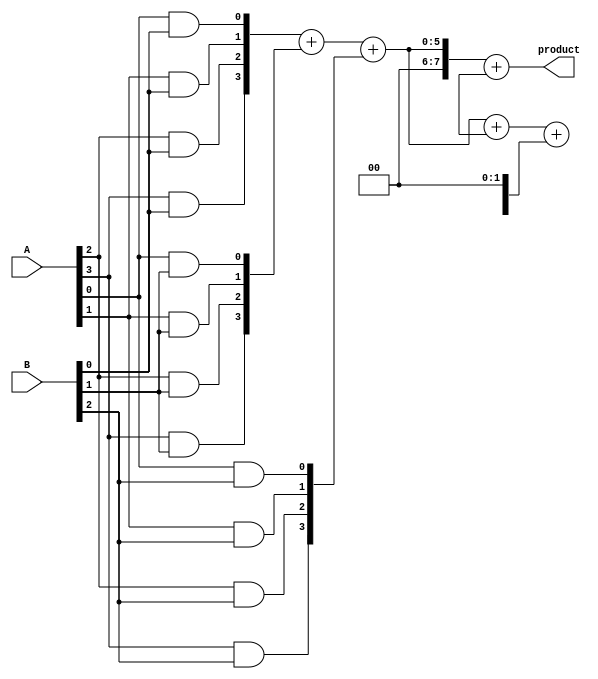
module WallaceTreeMultiplier #(parameter n = 4) (
    input [n-1:0] A,
    input [n-1:0] B,
    output reg [2*n-1:0] product
);

    // Partial product generation
    wire [n-1:0] pp [0:n-1]; // Partial products
    genvar i, j;
    generate
        for (i = 0; i < n; i = i + 1) begin : pp_gen
            for (j = 0; j < n; j = j + 1) begin : pp_row
                assign pp[i][j] = A[j] & B[i];
            end
        end
    endgenerate

    // Carry-Save Adder (CSA)
    wire [n-1:0] sum [0:n-1]; // Sum outputs from CSAs
    wire [n-1:0] carry [0:n-1]; // Carry outputs from CSAs

    // Level 1 CSA
    generate
        for (i = 0; i < n-1; i = i + 1) begin : CSA_level1
            if (i % 3 == 0) begin
                assign {carry[i/3], sum[i/3]} = pp[i] + pp[i+1] + pp[i+2];
            end
        end
    endgenerate

    // Level 2 CSA
    generate
        for (i = 0; i < (n+2)/3; i = i + 1) begin : CSA_level2
            if (i % 3 == 0) begin
                assign {carry[i/3], sum[i/3]} = {carry[i], sum[i]} + {carry[i+1], sum[i+1]} + {carry[i+2], sum[i+2]};
            end
        end
    endgenerate

    // Final addition
    wire [2*n-1:0] final_sum;
    wire [2*n-1:0] final_carry;

    assign final_sum = {carry[0], sum[0]} + {1'b0, carry[1], sum[1]};

    // Output the final product
    always @(*) begin
        product = final_sum;
    end

endmodule